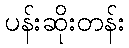
ပန်းဆိုးတန်း